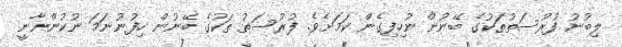
ލިބުނު ފުރުސަތުތަކުގެ ބޭނުން ނުހިފިގެން ކަމަށެވެ. ފުރުސަތު ތަކުގެ ބޭނުން ހިފުނުނަމަ ނުކުންނާނީ